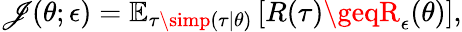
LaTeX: \mathscr{J}(\theta;\epsilon)=\mathbb{{E}}_{\tau\simp(\tau\mid\theta)}\left[R(\tau)\geqR_{\epsilon}(\theta)\right],